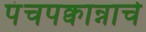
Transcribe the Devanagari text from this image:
पंचपक्वान्नाचे